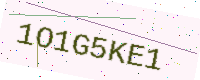
Text: 1O1G5KE1